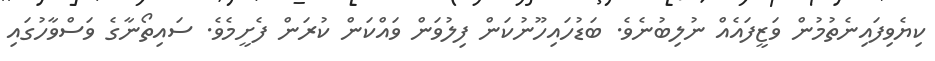
ކިޔެވިފައިނެތުމުން ވަޒީފައެއް ނުލިބުނެވެ. ބަޑުހައިހޫނުކަން ފިލުވަން ވައްކަން ކުރަން ފެށީމެވެ. ސައިތޯނާގެ ވަސްވާހުގައި